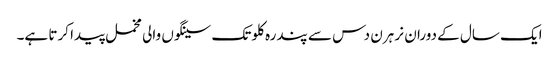
ایک سال کے دوران نر ہرن دس سے پندرہ کلو تک سینگوں والی مخمل پیدا کرتا ہے۔